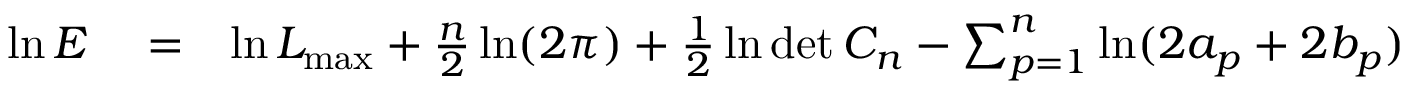
\begin{array} { r l r } { \ln E } & { { } = } & { \ln { \cal L } _ { \mathrm { m a x } } + { \frac { n } { 2 } } \ln ( 2 \pi ) + { \frac { 1 } { 2 } } \ln \operatorname* { d e t } C _ { n } - \sum _ { p = 1 } ^ { n } \ln ( 2 a _ { p } + 2 b _ { p } ) } \end{array}